Source: Handwritten
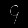
Digit: ၄ (4)